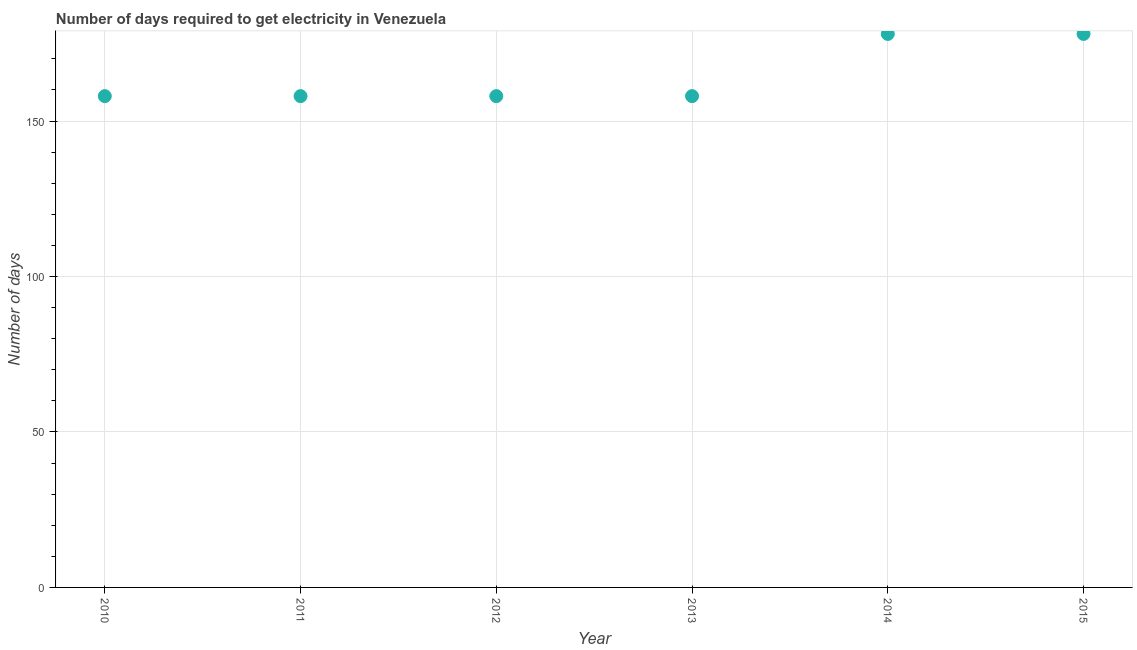
| Year | Time to get electricity |
 | --- | --- |
 | 2010 | 158 |
 | 2011 | 158 |
 | 2012 | 158 |
 | 2013 | 158 |
 | 2014 | 178 |
 | 2015 | 178 |